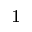
^ 1